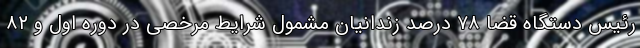
رئیس دستگاه قضا ۷۸ درصد زندانیان مشمول شرایط مرخصی در دوره اول و ۸۲